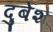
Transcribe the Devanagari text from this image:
दुबेश